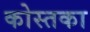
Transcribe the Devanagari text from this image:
कोस्तका